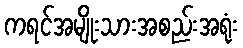
ကရင်အမျိုးသားအစည်းအရုံး